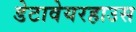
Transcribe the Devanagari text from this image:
डेटावेयरहाउस